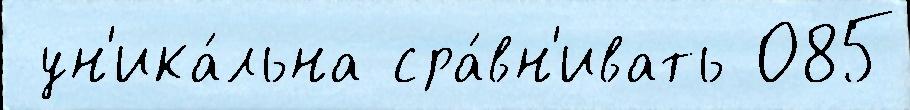
 ун'ика́льна сра́вн'ивать 085